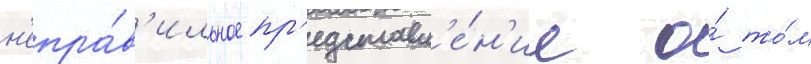
н'епра́в'ильное пр'едставл'е́н'ие о́ то́м